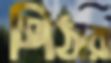
পিঠারা